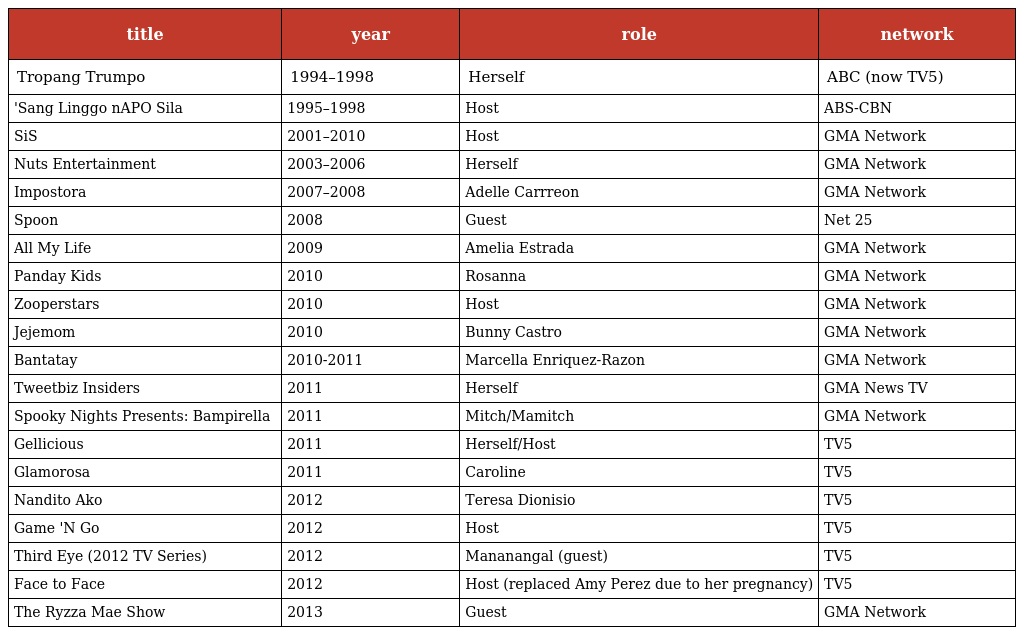
| title | year | role | network |
 | --- | --- | --- | --- |
 | Tropang Trumpo | 1994–1998 | Herself | ABC (now TV5) |
 | 'Sang Linggo nAPO Sila | 1995–1998 | Host | ABS-CBN |
 | SiS | 2001–2010 | Host | GMA Network |
 | Nuts Entertainment | 2003–2006 | Herself | GMA Network |
 | Impostora | 2007–2008 | Adelle Carrreon | GMA Network |
 | Spoon | 2008 | Guest | Net 25 |
 | All My Life | 2009 | Amelia Estrada | GMA Network |
 | Panday Kids | 2010 | Rosanna | GMA Network |
 | Zooperstars | 2010 | Host | GMA Network |
 | Jejemom | 2010 | Bunny Castro | GMA Network |
 | Bantatay | 2010-2011 | Marcella Enriquez-Razon | GMA Network |
 | Tweetbiz Insiders | 2011 | Herself | GMA News TV |
 | Spooky Nights Presents: Bampirella | 2011 | Mitch/Mamitch | GMA Network |
 | Gellicious | 2011 | Herself/Host | TV5 |
 | Glamorosa | 2011 | Caroline | TV5 |
 | Nandito Ako | 2012 | Teresa Dionisio | TV5 |
 | Game 'N Go | 2012 | Host | TV5 |
 | Third Eye (2012 TV Series) | 2012 | Mananangal (guest) | TV5 |
 | Face to Face | 2012 | Host (replaced Amy Perez due to her pregnancy) | TV5 |
 | The Ryzza Mae Show | 2013 | Guest | GMA Network |